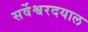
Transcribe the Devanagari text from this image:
सर्वेश्वरदयाल